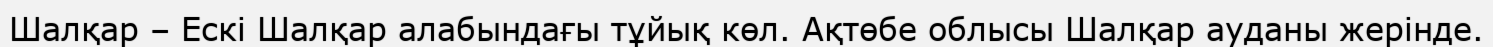
Шалқар – Ескі Шалқар алабындағы тұйық көл. Ақтөбе облысы Шалқар ауданы жерінде.